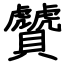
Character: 贙